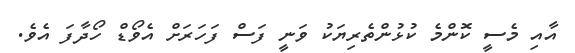
އާއި މެސީ ކޮންމެ ކުޅުންތެރިޔަކު ވަނީ ފަސް ފަހަރަށް އެވޯޑް ހޯދާފަ އެވެ.